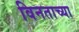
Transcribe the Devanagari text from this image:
विनताच्या